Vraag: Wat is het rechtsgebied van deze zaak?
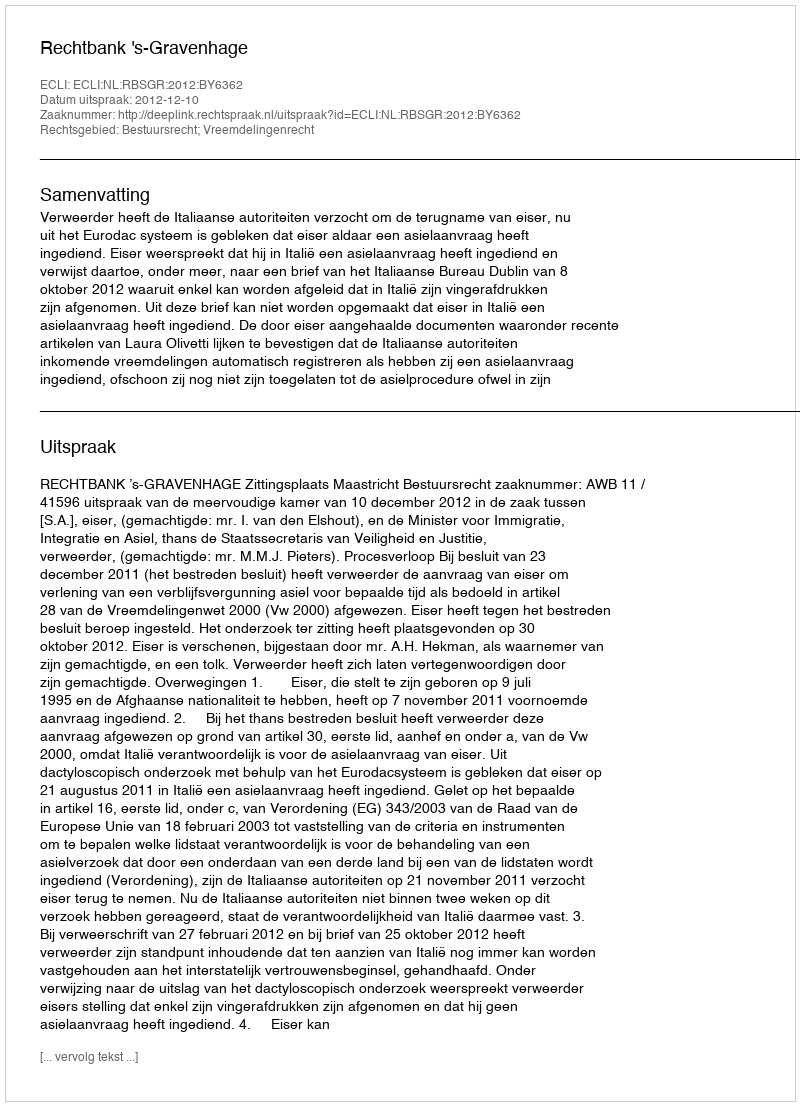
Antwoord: Bestuursrecht; Vreemdelingenrecht